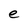
Character: e